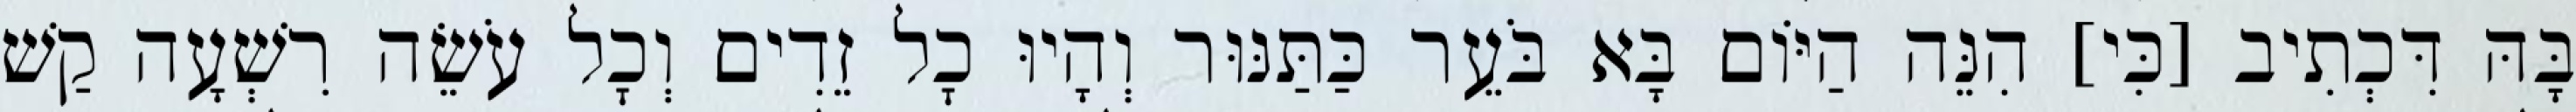
בָּהּ דִּכְתִיב [כִּי] הִנֵּה הַיּוֹם בָּא בֹּעֵר כַּתַּנּוּר וְהָיוּ כׇל זֵדִים וְכׇל עֹשֵׂה רִשְׁעָה קַשׁ